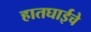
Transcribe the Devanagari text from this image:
हातघाईचे